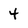
Character: 4